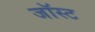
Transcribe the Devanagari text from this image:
जॉस्ट